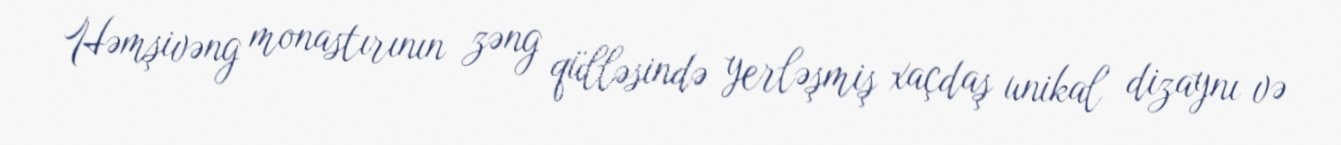
Həmşivəng monastırının zəng qülləsində yerləşmiş xaçdaş unikal dizaynı və